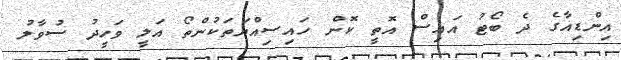
އިންޑިއާގެ ދެ ބޯޓު އައިސް އޮތީ ކޮން ހައިސިއްޔަތަކުންތޯ އަލީ ވަހީދު ސުވާލު